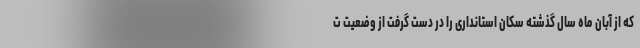
که از آبان ماه سال گذشته سکان استانداری را در دست گرفت از وضعیت ت